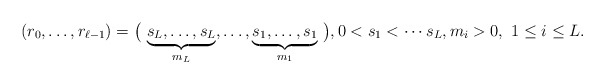
\begin{align*}(r_0, \ldots, r_{\ell-1}) = \big(\, \underbrace{s_L, \ldots, s_L}_{m_L}, \ldots , \underbrace{s_1, \ldots, s_1}_{m_1}\, \big), 0< s_1 < \cdots s_L, m_i >0, \ 1\leq i \leq L.\end{align*}